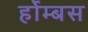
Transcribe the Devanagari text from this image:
र्होम्बस